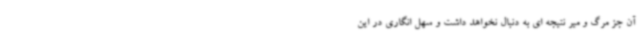
آن جز مرگ و میر نتیجه ای به دنبال نخواهد داشت و سهل انگاری در این